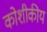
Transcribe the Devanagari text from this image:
कोशीकीय